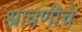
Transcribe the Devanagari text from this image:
श्रावणीचे